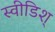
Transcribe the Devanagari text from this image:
स्वीडिश्